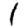
Digit: 1